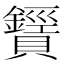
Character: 𧸶